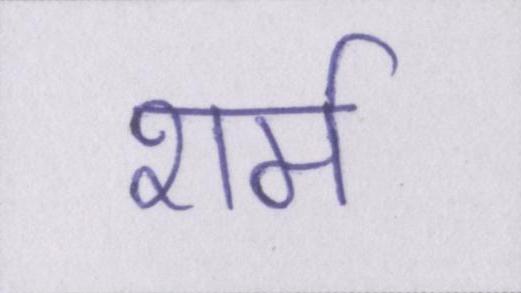
शर्म